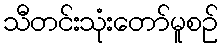
သီတင်းသုံးတော်မူစဉ်